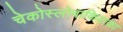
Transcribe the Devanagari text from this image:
चेकोस्लोवाकियाका